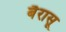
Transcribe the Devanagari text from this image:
बैरासू